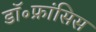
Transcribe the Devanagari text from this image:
डॉ॰फ्रांसिस